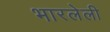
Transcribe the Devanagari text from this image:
भारलेली